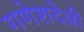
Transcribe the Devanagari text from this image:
गणेशदेवी